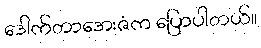
ဒေါက်တာအေးဇံက ပြောပါတယ်။